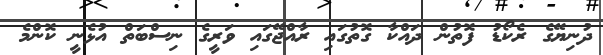
ދުނިޔޭގެ ރެކޯޑު ފޮތުން ދައްކާ ގޮތުގައި ރާއްޖޭގައި ވަރީގެ ނިސްބަތް އުޅެނީ ކޮންމެ